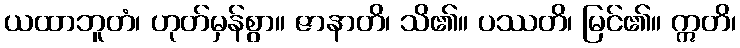
ယထာဘူတံ၊ ဟုတ်မှန်စွာ။ ဇာနာတိ၊ သိ၏။ ပဿတိ၊ မြင်၏။ ဣတိ၊